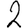
Digit: 2